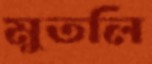
মুতলি